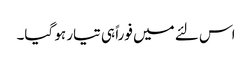
اس لئے میں فوراً ہی تیار ہو گیا۔